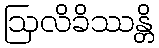
ဩလိခိဿန္တိ